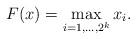
LaTeX: \begin{align*}F(x) = \max_{i=1,\ldots, 2^k} x_i.\end{align*}